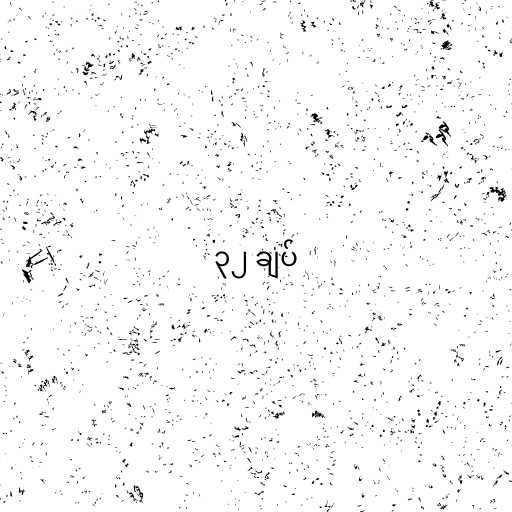
၃၂ ချပ်